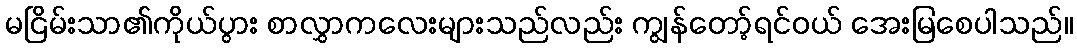
မငြိမ်းသာ၏ကိုယ်ပွား စာလွှာကလေးများသည်လည်း ကျွန်တော့်ရင်ဝယ် အေးမြစေပါသည်။